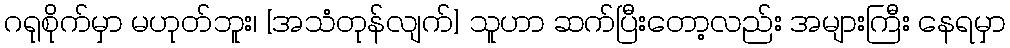
ဂရုစိုက်မှာ မဟုတ်ဘူး၊ [အသံတုန်လျက်] သူဟာ ဆက်ပြီးတော့လည်း အများကြီး နေရမှာ